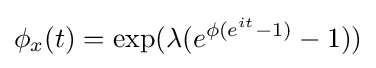
\phi _{x}(t)=\exp(\lambda (e^{\phi (e^{it}-1)}-1))